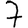
Digit: 7